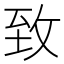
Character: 致